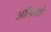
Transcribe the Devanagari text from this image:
अंखियो